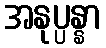
အနုပ္ပန္နာ